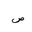
Letter: _sad